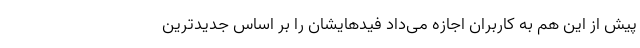
پیش از این هم به کاربران اجازه می‌داد فیدهایشان را بر اساس جدیدترین